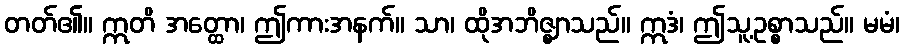
တတ်၏။ ဣတိ အတ္ထော၊ ဤကားအနက်။ သာ၊ ထိုအဘိဇ္ဈာသည်။ ဣဒံ၊ ဤသူ့ဥစ္စာသည်။ မမံ၊